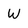
Character: W